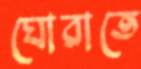
ঘোরাতে